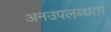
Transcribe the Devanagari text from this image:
अनउपलब्धता